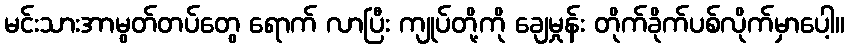
မင်းသားအာမွတ်တပ်တွေ ရောက် လာပြီး ကျုပ်တို့ကို ချေမှုန်း တိုက်ခိုက်ပစ်လိုက်မှာပေါ့။